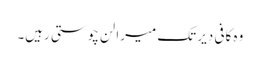
وہ کافی دیر تک میرا لن چوستی رہیں۔